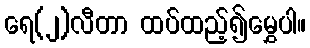
ရေ(၂)လီတာ ထပ်ထည့်၍မွှေပါ။